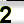
Digit: 2